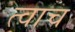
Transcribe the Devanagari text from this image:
त्वाच